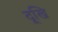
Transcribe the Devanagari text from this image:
दूखि